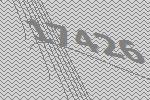
17426